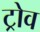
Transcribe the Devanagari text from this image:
ट्रोव